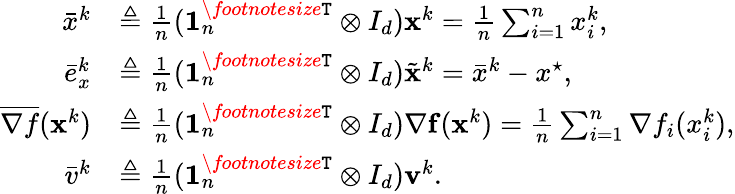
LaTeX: \begin{array}{rl}{\bar{x}^{k}}&{\triangleq\frac{1}{n}(\mathbf{1}_{n}^{\textit{\footnotesize\texttt{T}}}\otimes I_{d}){\mathbf{x}}^{k}=\frac{1}{n}\sum_{i=1}^{n}x_{i}^{k},}\\ {\bar{e}_{x}^{k}}&{\triangleq\frac{1}{n}(\mathbf{1}_{n}^{\textit{\footnotesize\texttt{T}}}\otimes I_{d})\tilde{{\mathbf{x}}}^{k}=\bar{x}^{k}-x^{\star},}\\ {\overline{{{\nabla}f}}({\mathbf{x}}^{k})}&{\triangleq\frac{1}{n}(\mathbf{1}_{n}^{\textit{\footnotesize\texttt{T}}}\otimes I_{d}){\nabla}{\mathbf{f}}({\mathbf{x}}^{k})=\frac{1}{n}\sum_{i=1}^{n}{\nabla}f_{i}(x_{i}^{k}),}\\ {\bar{v}^{k}}&{\triangleq\frac{1}{n}(\mathbf{1}_{n}^{\textit{\footnotesize\texttt{T}}}\otimes I_{d}){\mathbf{v}}^{k}.}\end{array}